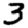
Digit: 3